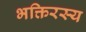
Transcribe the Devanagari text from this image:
भक्तिरस्य